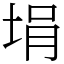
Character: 埍